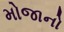
મોજાનો